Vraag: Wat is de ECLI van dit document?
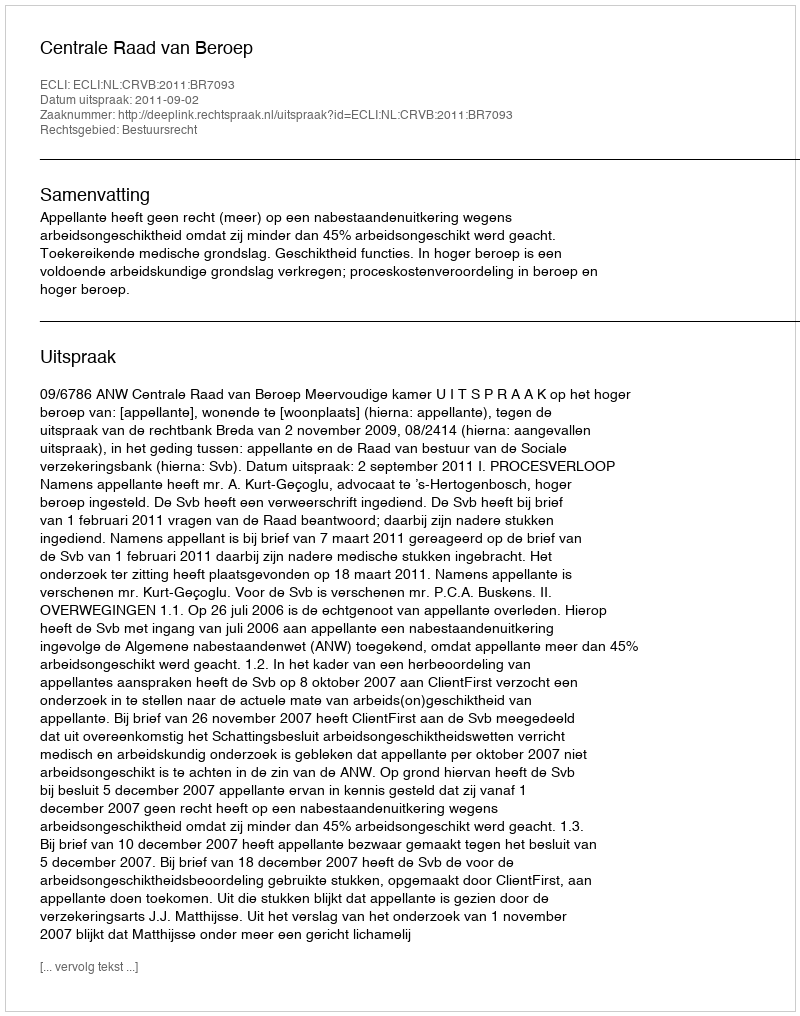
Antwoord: ECLI:NL:CRVB:2011:BR7093